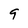
Character: 9